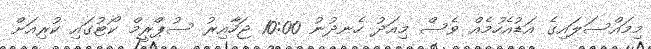
މިމައްސަލައިގެ އަޑުއެހުމެއް ވެސް މިއަދު ހެނދުނު 10:00 ޖަހާއިރު ސުޕްރީމް ކޯޓުގައި ކުރިއަށް